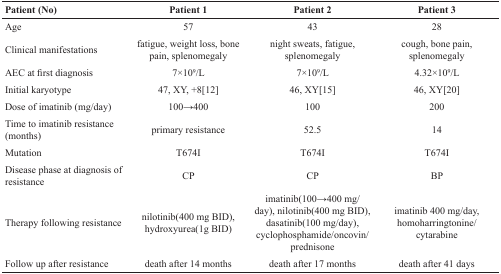
<table><thead><tr><td><b>Patient (No)</b></td><td><b>Patient 1</b></td><td><b>Patient 2</b></td><td><b>Patient 3</b></td></tr></thead><tbody><tr><td>Age</td><td>57</td><td>43</td><td>28</td></tr><tr><td>Clinical manifestations</td><td>fatigue, weight loss, bone pain, splenomegaly</td><td>night sweats, fatigue, splenomegaly</td><td>cough, bone pain, splenomegaly</td></tr><tr><td>AEC at first diagnosis</td><td>7×10<sup>9</sup>/L</td><td>7×10<sup>9</sup>/L</td><td>4.32×10<sup>9</sup>/L</td></tr><tr><td>Initial karyotype</td><td>47, XY, +8[12]</td><td>46, XY[15]</td><td>46, XY[20]</td></tr><tr><td>Dose of imatinib (mg/day)</td><td>100→400</td><td>100</td><td>200</td></tr><tr><td>Time to imatinib resistance (months)</td><td>primary resistance</td><td>52.5</td><td>14</td></tr><tr><td>Mutation</td><td>T674I</td><td>T674I</td><td>T674I</td></tr><tr><td>Disease phase at diagnosis of resistance</td><td>CP</td><td>CP</td><td>BP</td></tr><tr><td>Therapy following resistance</td><td>nilotinib(400 mg BID), hydroxyurea(1g BID)</td><td>imatinib(100→400 mg/day), nilotinib(400 mg BID), dasatinib(100 mg/day), cyclophosphamide/oncovin/prednisone</td><td>imatinib 400 mg/day, homoharringtonine/cytarabine</td></tr><tr><td>Follow up after resistance</td><td>death after 14 months</td><td>death after 17 months</td><td>death after 41 days</td></tr></tbody></table>